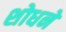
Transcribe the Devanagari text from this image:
शोधने